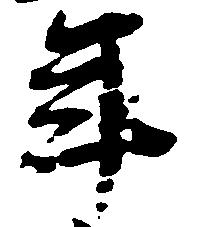
年